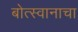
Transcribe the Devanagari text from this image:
बोत्स्वानाचा